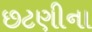
છટણીના